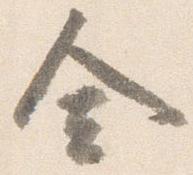
舎